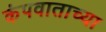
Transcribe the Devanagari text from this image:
कंपवाताच्या